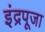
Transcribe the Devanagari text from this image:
इंद्रपूजा